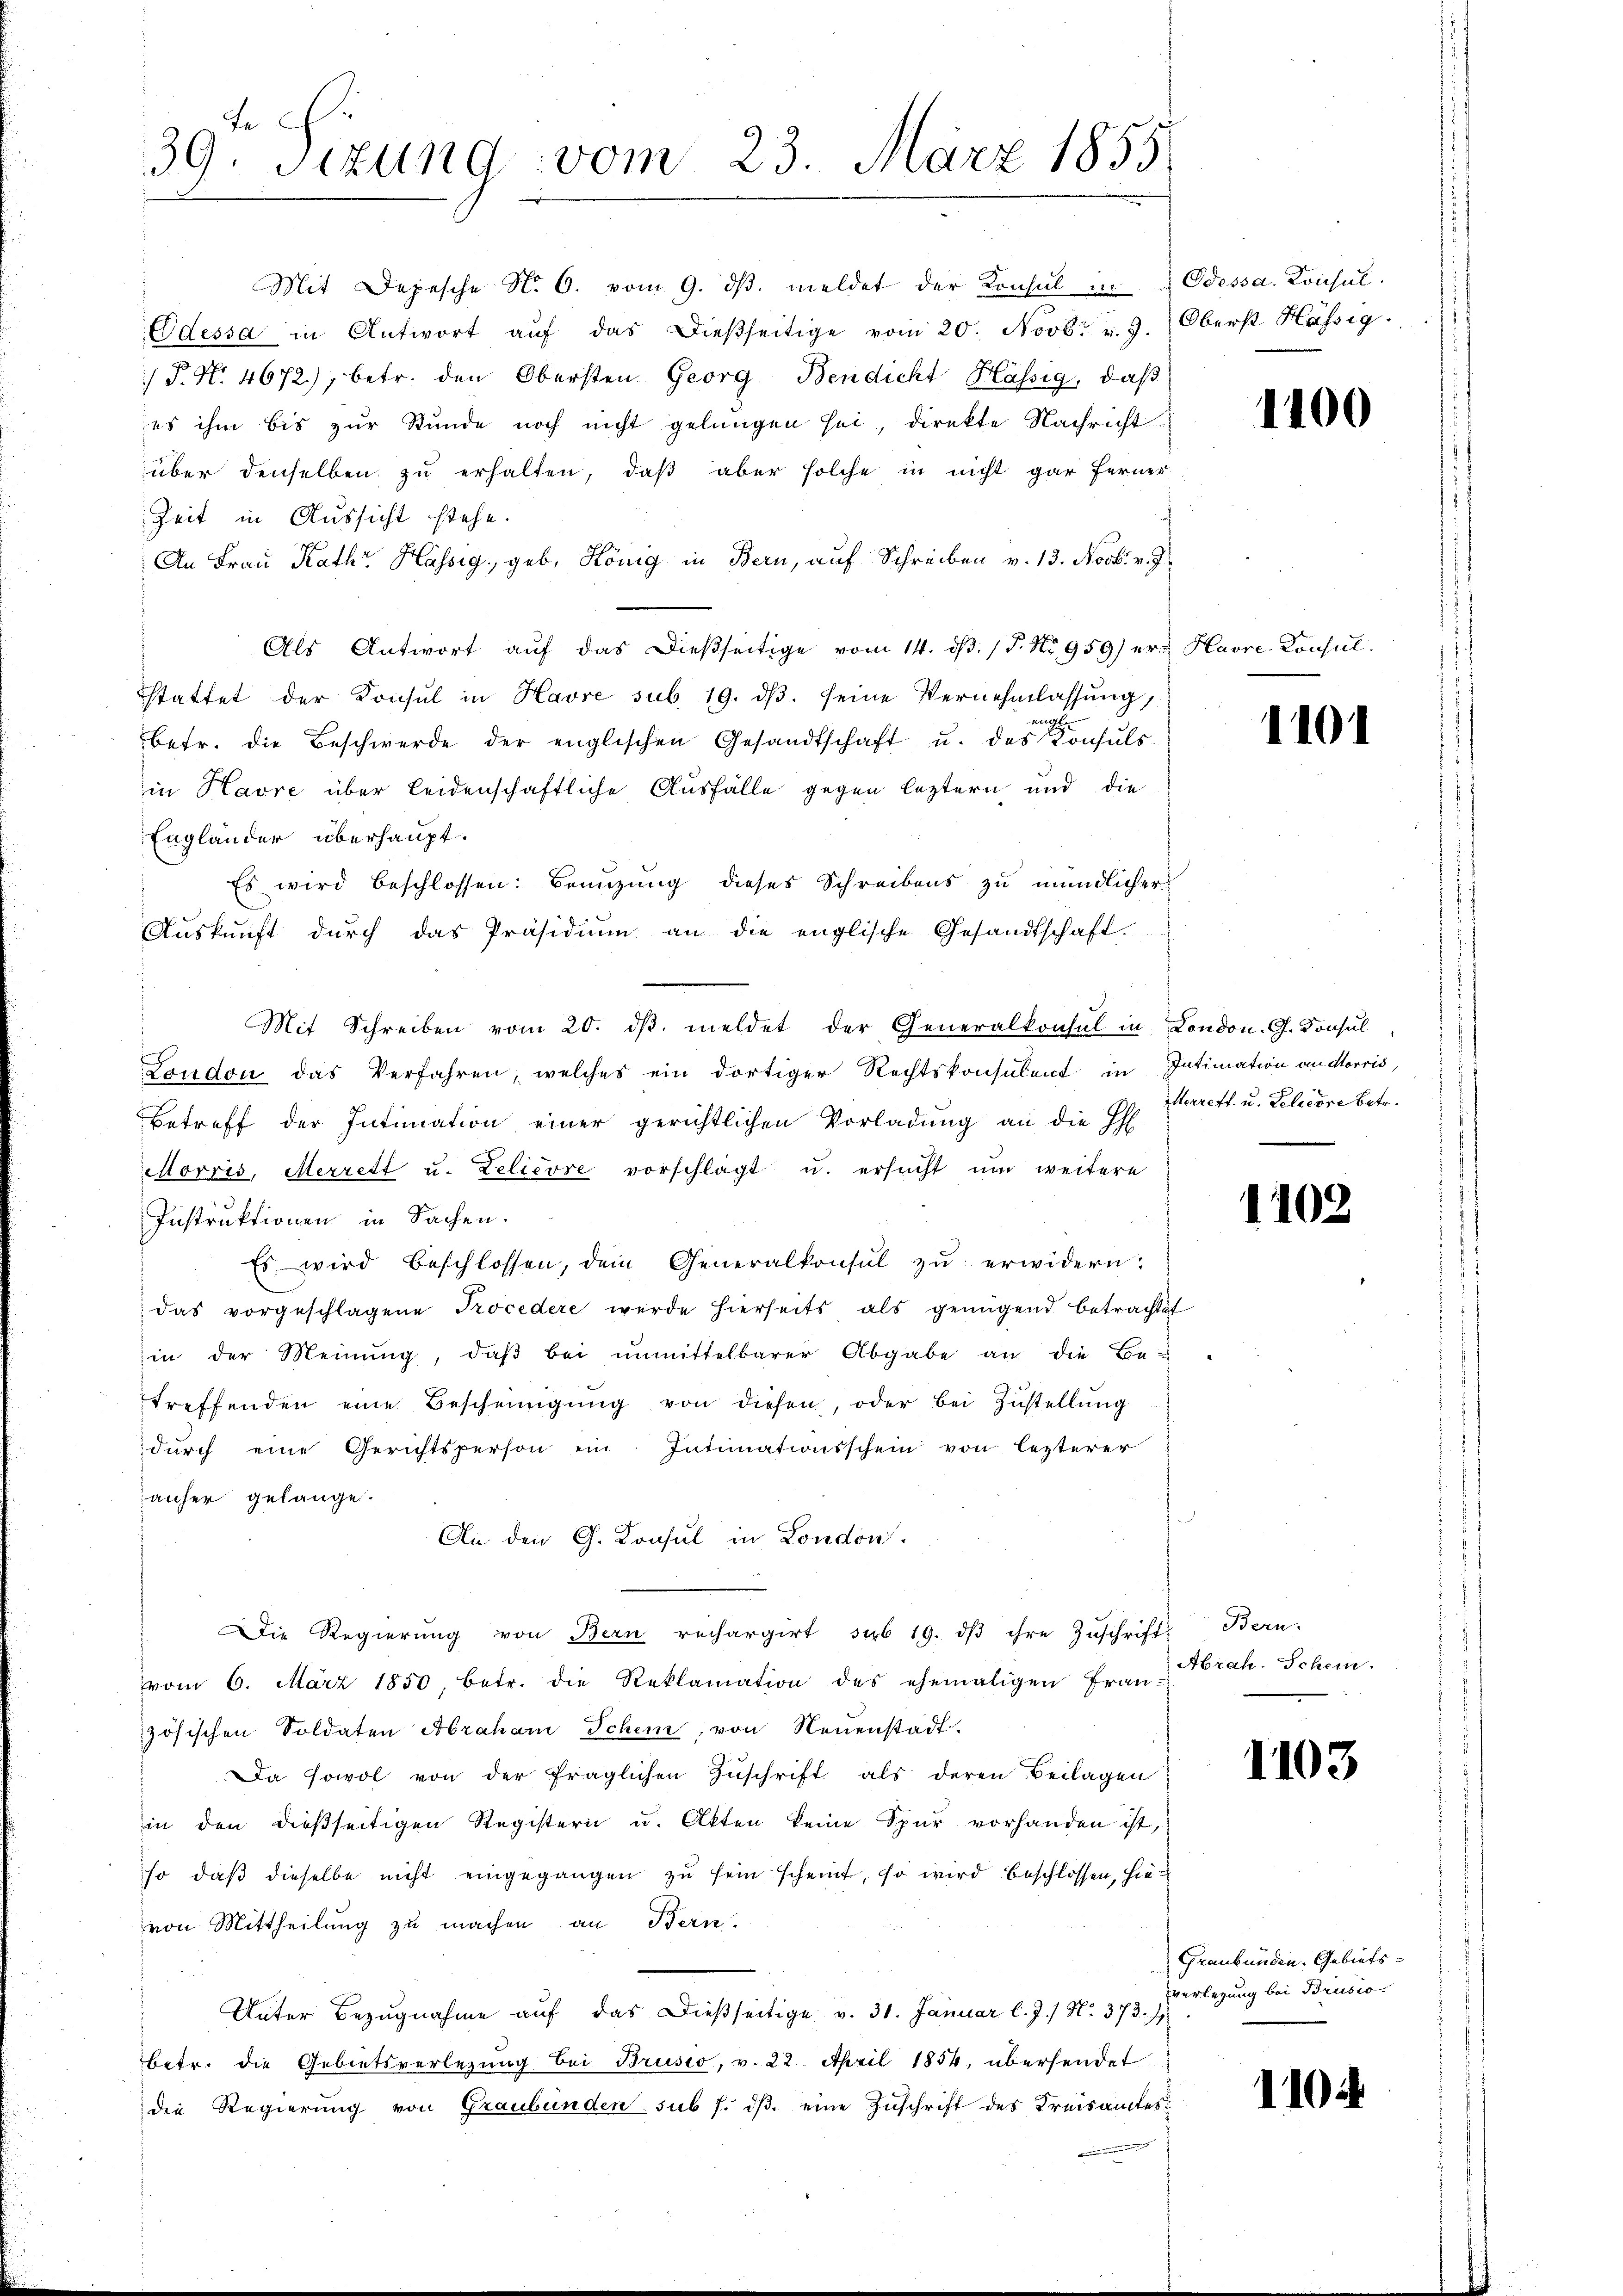
te
39. Sizung vom 23. März 1855.

Mit Depesche N. C. vom 9. dβ. meldet der Konsul in Odessa. Konsul
Edessa in Antwort aŭf das dießseitige vom 20. Novb. v. 3. Oberst Hässig.
/ P. N. 4672), betr. den Obersten Georg Bendicht Hässig, daß
es ihm bis zur Stunde noch nicht gelungen sei, direkte Nachricht
über denselben zu erhalten, daß aber solche in nicht gar ferner
Zeit in Aussicht stehe.
An Frau Kath. Hassig, geb. König in Bern, auf Schreiben v. 13. Novb. v. J.
Als Antwort aŭf das dießseitige vom 14. dβ. / P. Nr. 959) er- Havre-Konsul
stattet der Konsul in Havre sub 19. dβ. seine Vernehmlassung,
betr. die Beschwerde der englischen Gesandtschaft u. das Consuls
in Havre über leidenschaftliche Ausfälle gegen leztern und die
Engländer überhaupt.
Es wird beschlossen: Benuzung dieses Schreibens zu mündlicher
Aŭskŭnft dŭrch das Präsidiŭm an die englische Gesandtschaft
Mit Schreiben vom 20. dβ. meldet der Generalkonsul in London. G. Konsul
London das Verfahren, welches ein dortiger Rechtskonsulent in Intimation an Morris,
Betreff der Intimation einer gerichtlichen Vorladung an die H
istorris, Merrett u. Zelievre vorschlägt u. ersucht um weitere
Instruktionen in Sachen.
Es wird beschlossen, dem Generalkonsul zŭ erwidern:
das vorgeschlagene Procedere werde hierseits als genügend betrachtet
in der Meinŭng, daβ bei ŭnmittelbarer Abgabe an die Be-
treffenden eine Bescheinigŭng von diesen, oder bei Zustellung
dŭrch eine Gerichtsperson ein Intimationsschein von lezterer
anher gelange.
An den G. Konsul in London.
Die Regierŭng von Bern rechargirt sub 19. dβ ihre Zŭschrift Bern.
vom 6. März 1850, betr. die Reklamation des ehemaligen Fran-
zösischen Soldaten Abraham Schem, von Neuenstadt-
Da sowol von der fraglichen Zuschrift als deren Beilagen
in den dießseitigen Registern u. Akten keine Spur vorhanden ist,
so daß dieselbe nicht eingegangen zu sein scheint, so wird beschlossen, hievon Mittheilung zu machen an Bern.
Unter Bezugnahme auf das dießseitige v. 31. Januar l. J. / No. 373.
betr. die Gebietsverlegung bei Brusio, v. 22. April 1854, übersendet
die Regierung von Graubünden sub f. dβ eine Zuschrift des Kreisamtes

1100

1101

Herrett u. Policore Betr.

1102

Abrah. Schein.

1103

Graubünden. Gebiets¬
Verlegung bei Brusio

110